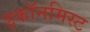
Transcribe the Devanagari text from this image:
इकॉनमिस्ट